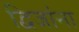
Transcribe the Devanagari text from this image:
द्विजांना